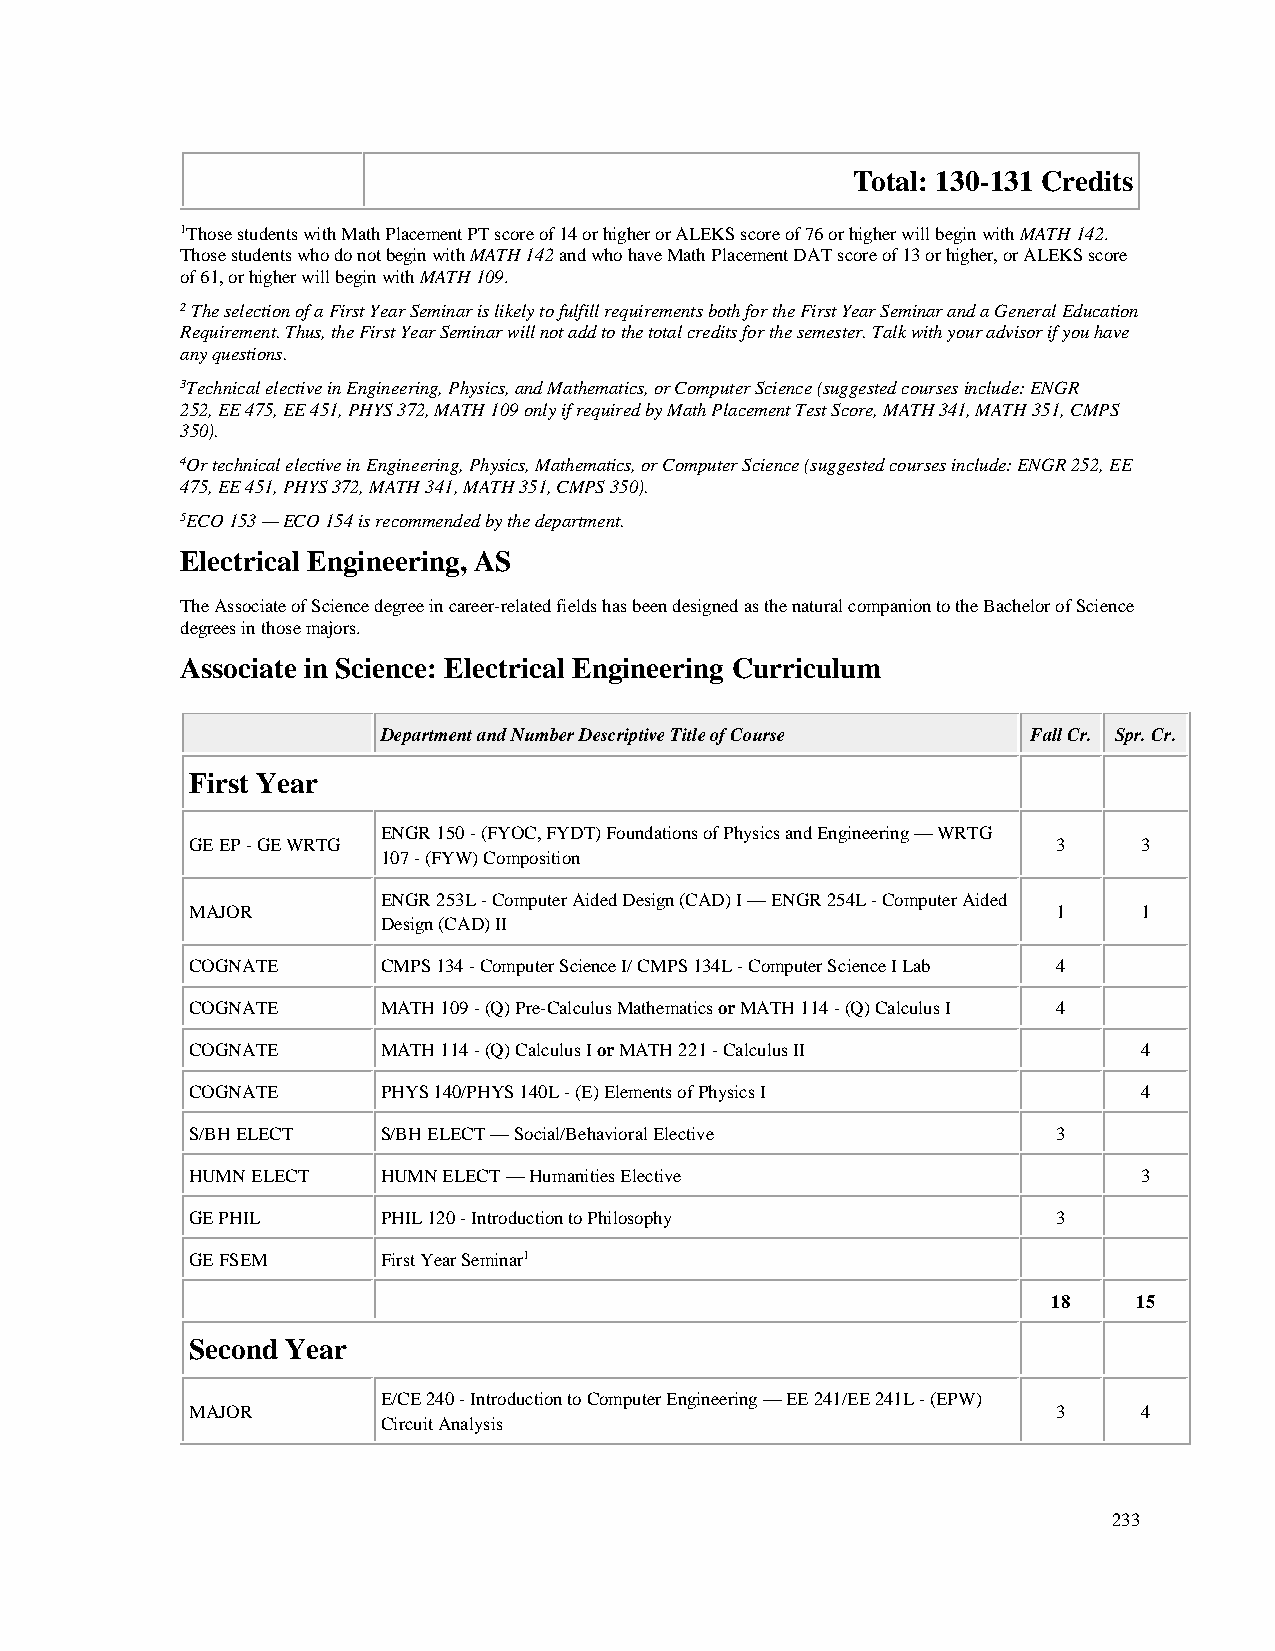
Total: 130-131 Credits
 1Those students with Math Placement PT score of 14 or higher or ALEKS score of 76 or higher will begin with MATH 142.
 Those students who do not begin with MATH 142 and who have Math Placement DAT score of 13 or higher, or ALEKS score
 of 61, or higher will begin with MATH 109.
 2 The selection of a First Year Seminar is likely to fulfill requirements both for the First Year Seminar and a General Education
 Requirement. Thus, the First Year Seminar will not add to the total credits for the semester. Talk with your advisor if you have
 any questions.
 3Technical elective in Engineering, Physics, and Mathematics, or Computer Science (suggested courses include: ENGR
 252, EE 475, EE 451, PHYS 372, MATH 109 only if required by Math Placement Test Score, MATH 341, MATH 351, CMPS
 350).
 4Or technical elective in Engineering, Physics, Mathematics, or Computer Science (suggested courses include: ENGR 252, EE
 475, EE 451, PHYS 372, MATH 341, MATH 351, CMPS 350).
 5ECO 153 — ECO 154 is recommended by the department.
 Electrical Engineering, AS
 The Associate of Science degree in career-related fields has been designed as the natural companion to the Bachelor of Science
 degrees in those majors.
 Associate in Science: Electrical Engineering Curriculum
 Department and Number Descriptive Title of Course Fall Cr. Spr. Cr.
 First Year
 ENGR 150 - (FYOC, FYDT) Foundations of Physics and Engineering — WRTG
 GE EP - GE WRTG                                          3     3
 107 - (FYW) Composition
 ENGR 253L - Computer Aided Design (CAD) I — ENGR 254L - Computer Aided
 MAJOR                                                    1     1
 Design (CAD) II
 COGNATE     CMPS 134 - Computer Science I/ CMPS 134L - Computer Science I Lab 4
 COGNATE     MATH 109 - (Q) Pre-Calculus Mathematics or MATH 114 - (Q) Calculus I 4
 COGNATE     MATH 114 - (Q) Calculus I or MATH 221 - Calculus II 4
 COGNATE     PHYS 140/PHYS 140L - (E) Elements of Physics I     4
 S/BH ELECT  S/BH ELECT — Social/Behavioral Elective      3
 HUMN ELECT  HUMN ELECT — Humanities Elective                   3
 GE PHIL     PHIL 120 - Introduction to Philosophy        3
 GE FSEM     First Year Seminar1
 18   15
 Second Year
 E/CE 240 - Introduction to Computer Engineering — EE 241/EE 241L - (EPW)
 MAJOR                                                    3     4
 Circuit Analysis
 233